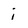
Character: i